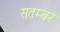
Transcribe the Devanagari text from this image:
सतम्बर